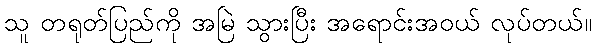
သူ တရုတ်ပြည်ကို အမြဲ သွားပြီး အရောင်းအဝယ် လုပ်တယ်။